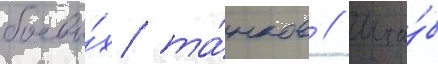
боевы́х та́нков // Шта́б